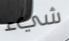
شيء